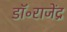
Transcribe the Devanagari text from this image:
डॉ॰राजेंद्र